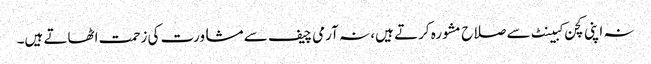
نہ اپنی کچن کبینٹ سے صلاح مشورہ کرتے ہیں، نہ آرمی چیف سے مشاورت کی زحمت اٹھاتے ہیں۔